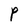
Character: P